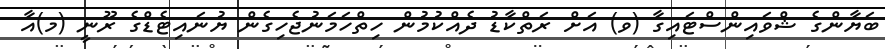
ބަޔާންގެ ޝްވައިންސްޓައިގާ (ވ) އަށް ރަތްކާޑު ދެއްކުމުން ހިތްހަމަނުޖެހިގެން ޔުނައިޓެޑްގެ ރޫނީ (މ)އާ